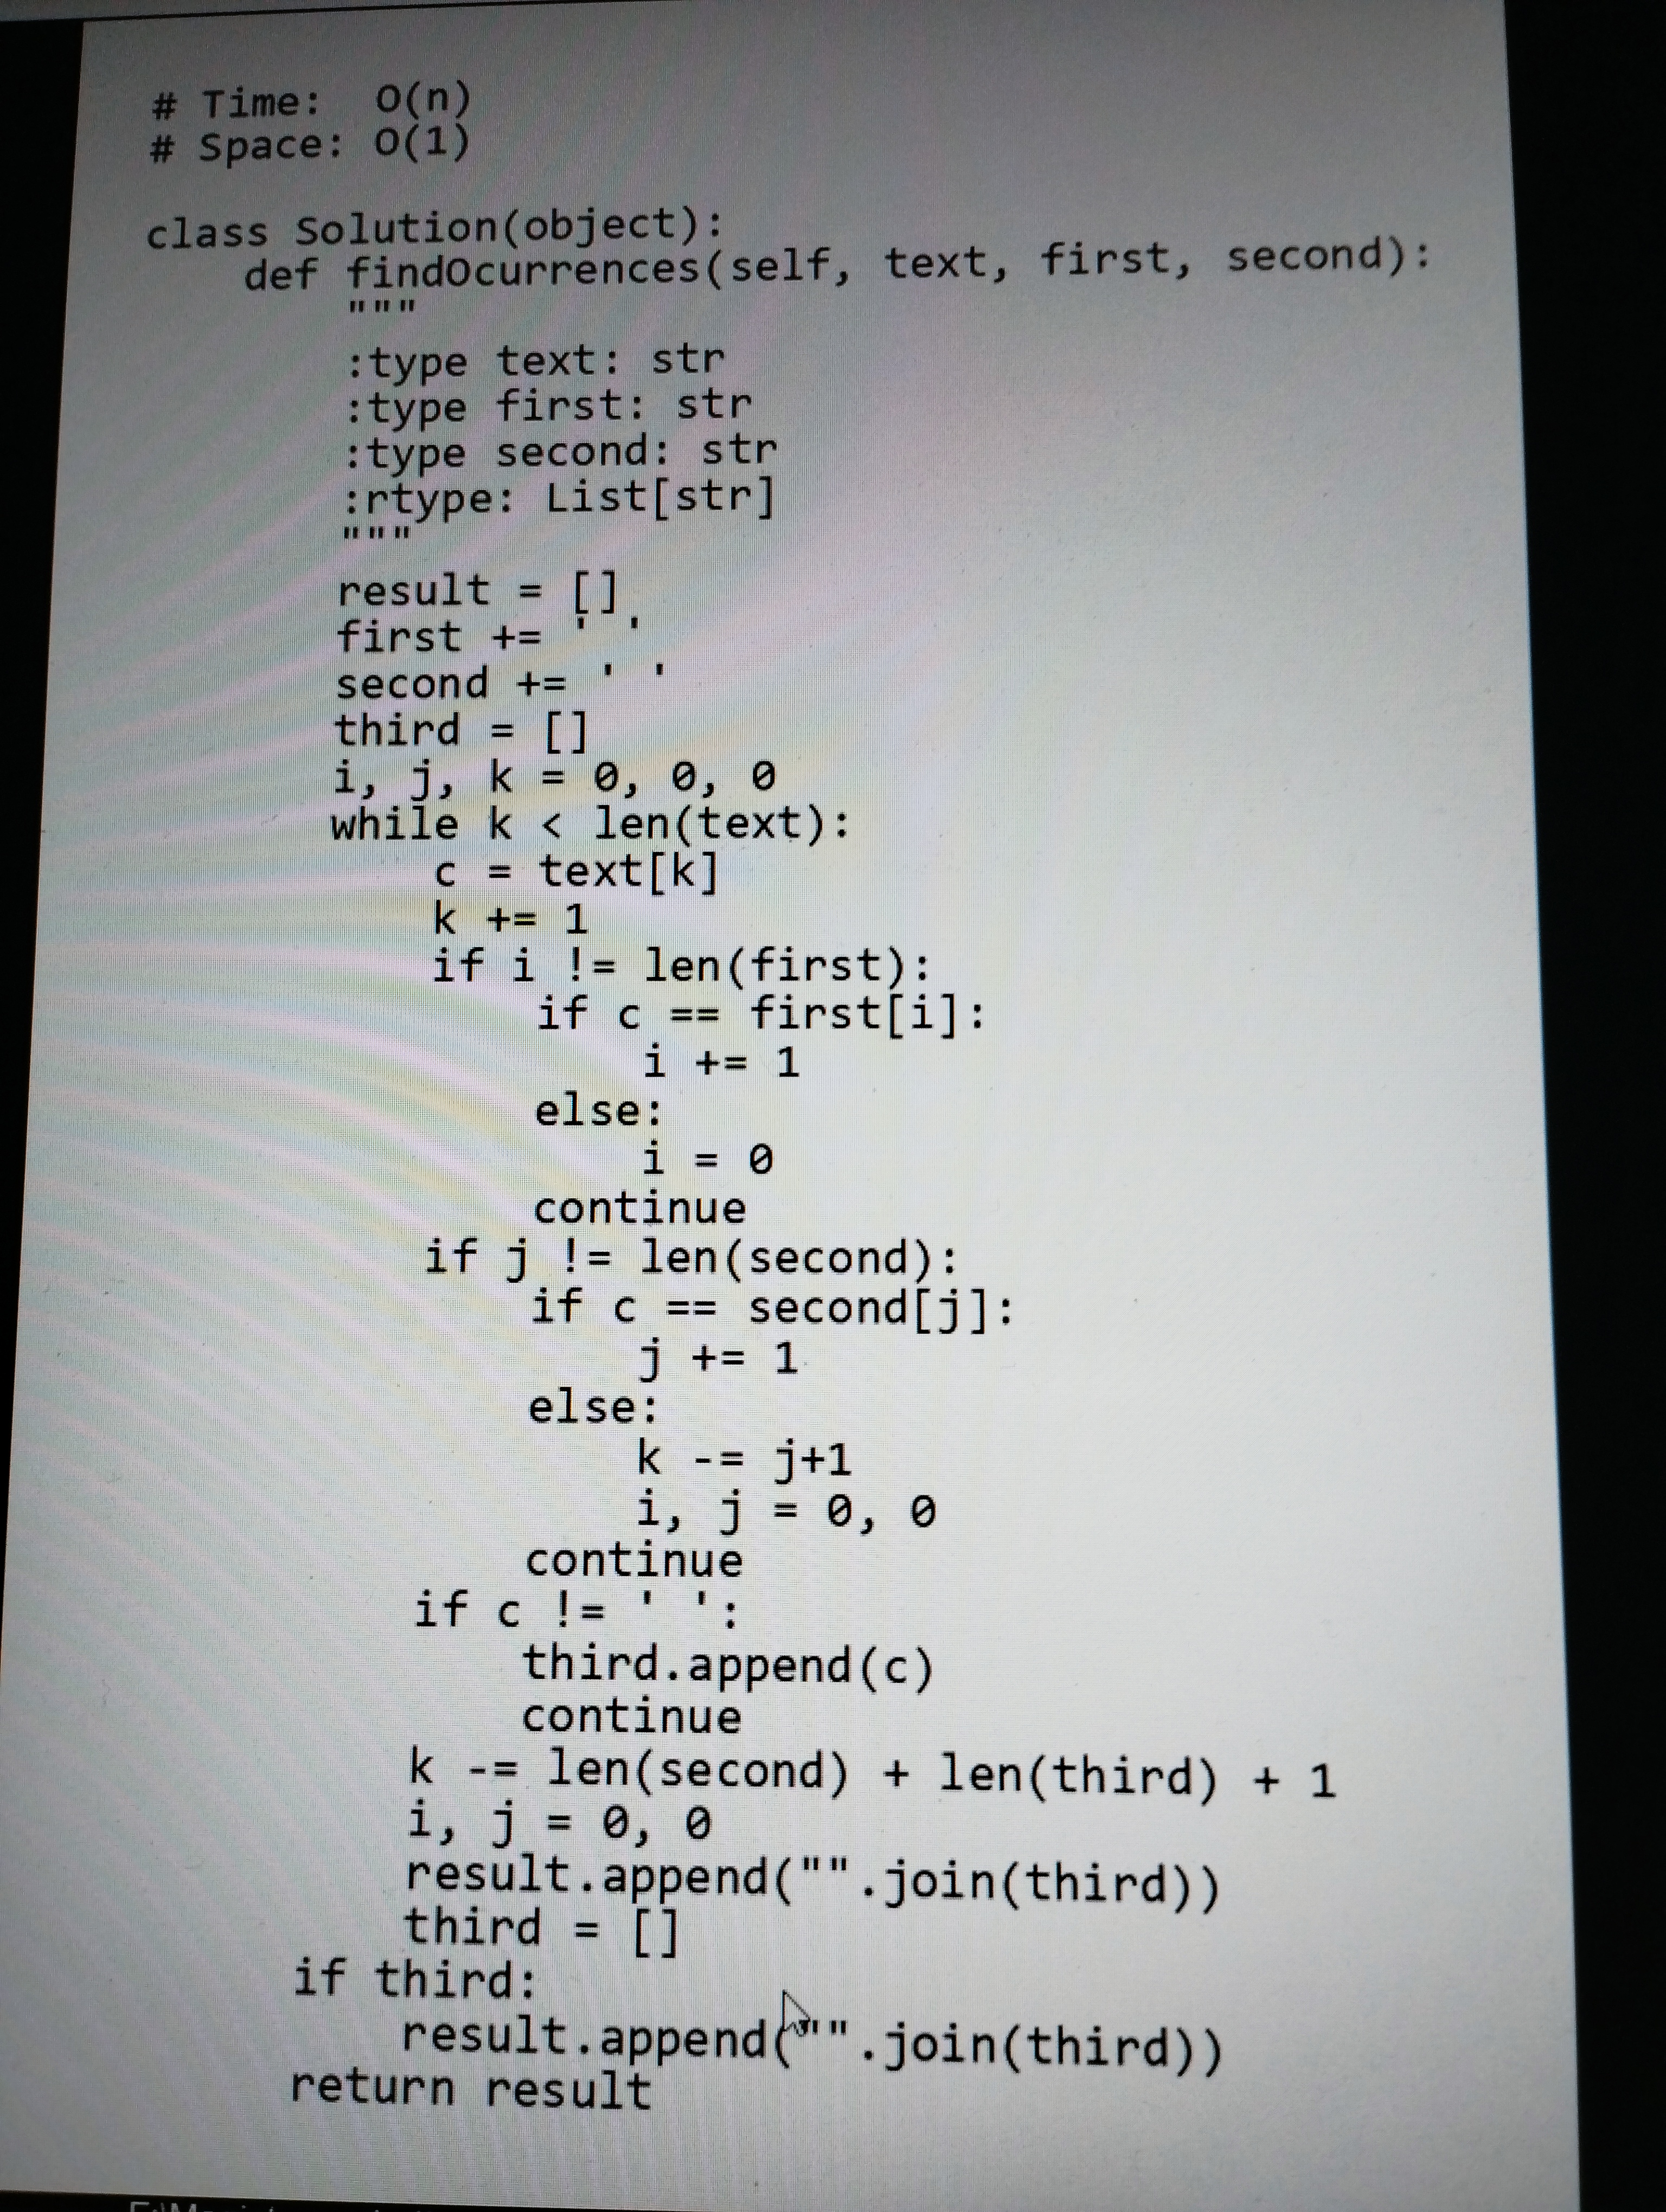
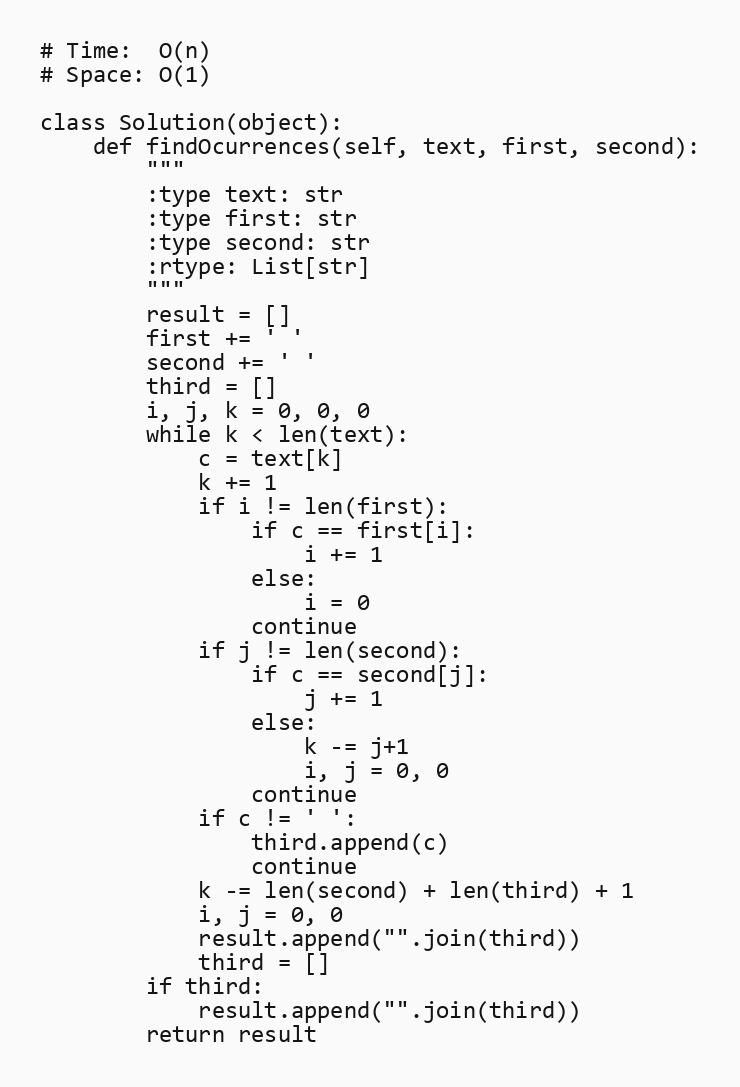
# Time:  O(n)
# Space: O(1)

class Solution(object):
    def findOcurrences(self, text, first, second):
        """
        :type text: str
        :type first: str
        :type second: str
        :rtype: List[str]
        """
        result = []
        first += ' '
        second += ' '
        third = []
        i, j, k = 0, 0, 0
        while k < len(text):
            c = text[k]
            k += 1
            if i != len(first):
                if c == first[i]:
                    i += 1
                else:
                    i = 0
                continue
            if j != len(second):
                if c == second[j]:
                    j += 1
                else:
                    k -= j+1
                    i, j = 0, 0
                continue
            if c != ' ':
                third.append(c)
                continue
            k -= len(second) + len(third) + 1
            i, j = 0, 0
            result.append("".join(third))
            third = []
        if third:
            result.append("".join(third))
        return result